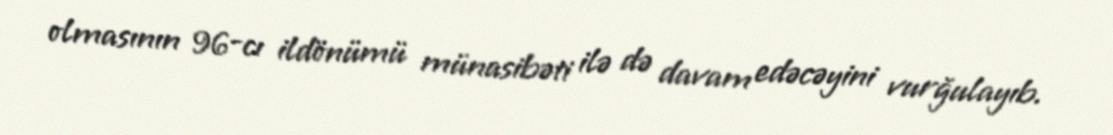
olmasının 96-cı ildönümü münasibəti ilə də davam edəcəyini vurğulayıb.